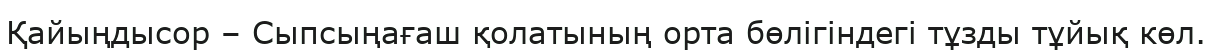
Қайыңдысор – Сыпсыңағаш қолатының орта бөлігіндегі тұзды тұйық көл.